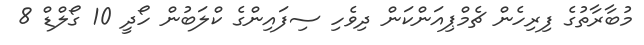
މުބާރާތުގެ ފިރިހެން ޗެމްޕިއަންކަން ދިވެހި ސިފައިންގެ ކްލަބުން ހޯދީ 10 ގޯލްޑް 8